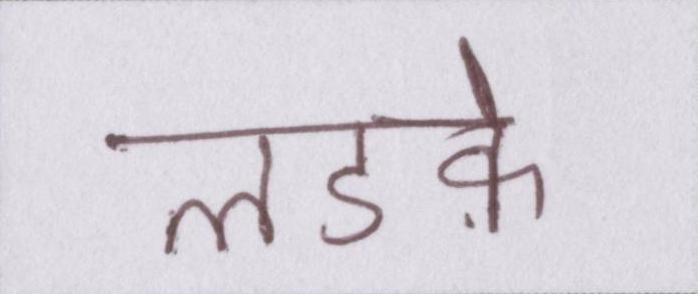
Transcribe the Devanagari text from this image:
लडक़े